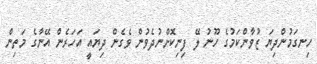
ހިނގަމުންދިޔަ ޒުވާންކަމުގެ ހޫނު ލޭ ފިނިކޮށްނުދެވުން ވެގެން ދިޔައީ އަހަރެން އޭނާގެ މަތިން